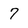
Character: 7